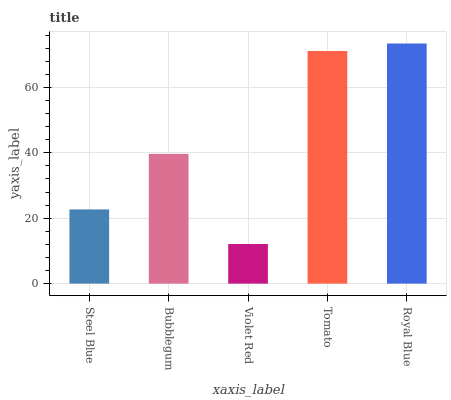
| xaxis_label | bars |
 | --- | --- |
 | Steel Blue | 22.7 |
 | Bubblegum | 39.7 |
 | Violet Red | 12.1 |
 | Tomato | 71.1 |
 | Royal Blue | 73.4 |